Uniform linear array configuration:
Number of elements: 4
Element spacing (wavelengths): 0.75
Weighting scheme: exponential
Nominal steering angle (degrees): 15
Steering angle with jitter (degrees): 13.51
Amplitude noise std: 0.05
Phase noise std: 0.05

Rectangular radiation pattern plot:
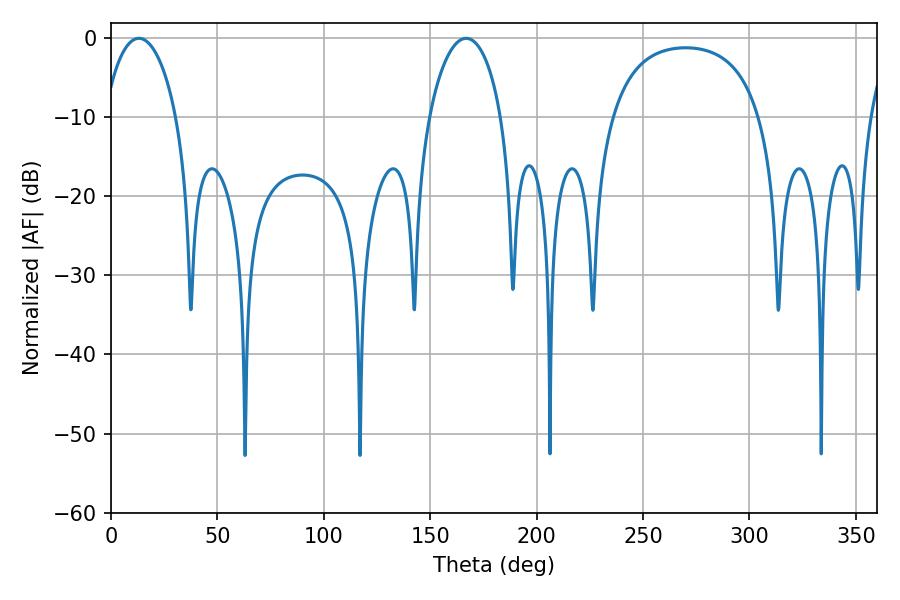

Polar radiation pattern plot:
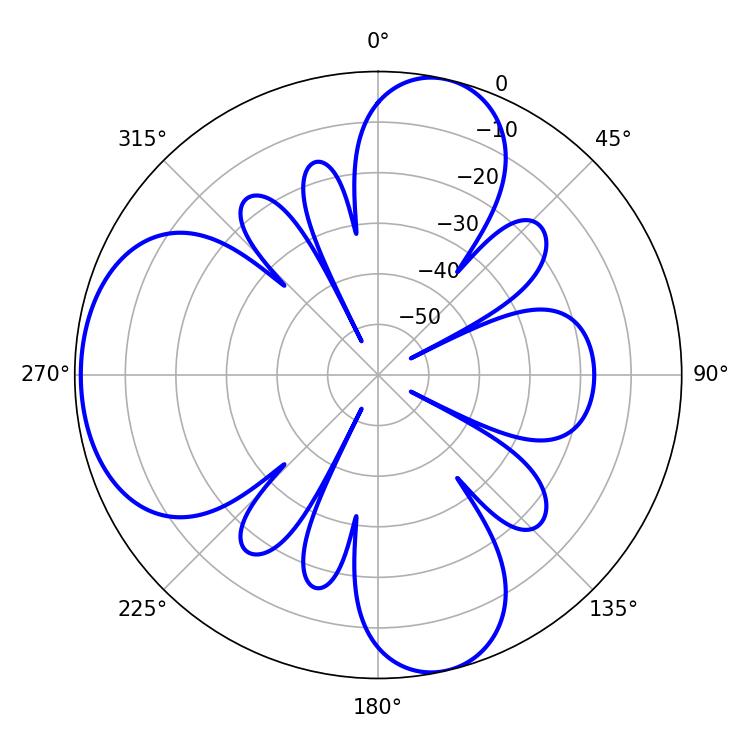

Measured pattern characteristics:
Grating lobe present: TRUE
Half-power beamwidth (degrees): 19.44
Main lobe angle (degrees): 13.14